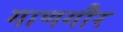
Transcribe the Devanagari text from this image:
गाणगौर